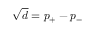
\sqrt { d } = p _ { + } - p _ { - }